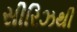
સીરિઝથી